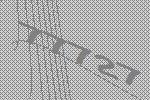
77727